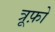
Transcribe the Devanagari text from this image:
त्रूफ़ो